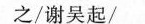
之/谢吴起/